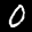
Label: 0